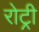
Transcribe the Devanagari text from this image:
रोट्री